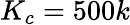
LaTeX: K_{c}=500k